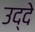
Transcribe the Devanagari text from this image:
उद्दे